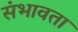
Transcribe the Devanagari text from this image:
संभावता